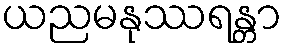
ယညမနုဿရန္တာ